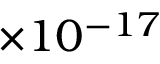
\times 1 0 ^ { - 1 7 }